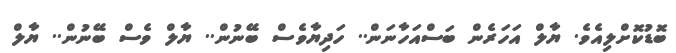
ބޮޑުކޮށްލިއެވެ. ޔާލް އަހަރެން ބަސްއަހާނަން.. ހަދިޔާވެސް ބޭނުން.. ޔާލް ވެސް ބޭނުން.. ޔާލް